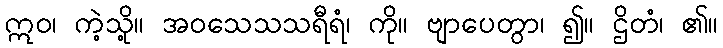
ဣဝ၊ ကဲ့သို့။ အဝသေသသရီရံ၊ ကို။ ဗျာပေတွာ၊ ၍။ ဌိတံ၊ ၏။